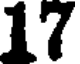
17